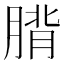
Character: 𮌡